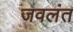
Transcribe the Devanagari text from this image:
जवलंत